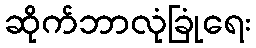
ဆိုက်ဘာလုံခြုံရေး